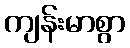
ကျန်းမာစွာ